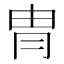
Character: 冑